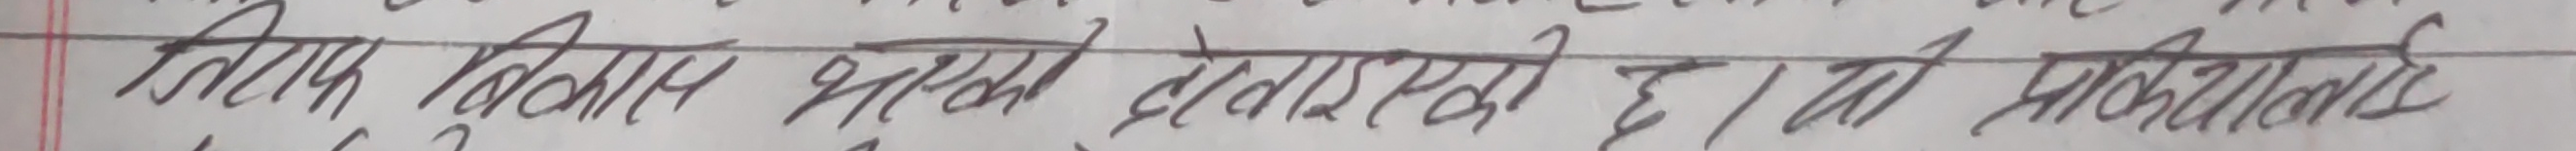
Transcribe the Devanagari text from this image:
विषय विज्ञाप्तिको होला। को सम्बन्धमा